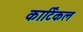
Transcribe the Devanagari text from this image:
कार्टिकल